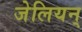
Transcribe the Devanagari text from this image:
जेलियन्